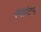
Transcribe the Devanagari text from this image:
स्वांटन